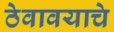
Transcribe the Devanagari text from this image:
ठेवावयाचे